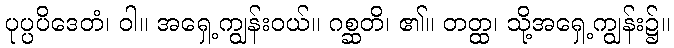
ပုပ္ပပိဒေတံ၊ ဝါ။ အရှေ့ကျွန်းဝယ်။ ဂစ္ဆတိ၊ ၏။ တတ္ထ၊ သို့အရှေ့ကျွန်း၌။